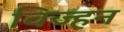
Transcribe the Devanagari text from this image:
विज्हन